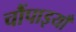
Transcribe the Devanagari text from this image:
चौंपाइयाँ